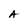
Character: A